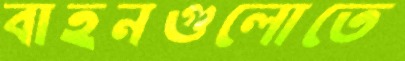
বাহনগুলোতে